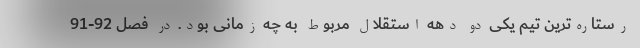
رستاره‌ترین تیم یکی دو دهه استقلال مربوط به چه زمانی بود. در فصل 92-91